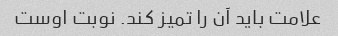
علامت باید آن را تمیز کند. نوبت اوست